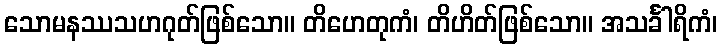
သောမနဿသဟဂုတ်ဖြစ်သော။ တိဟေတုကံ၊ တိဟိတ်ဖြစ်သော။ အသင်္ခါရိကံ၊